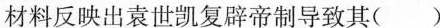
材料反映出袁世凯复辟帝制导致其( )